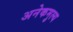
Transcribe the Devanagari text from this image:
अनेकमुल्य